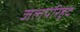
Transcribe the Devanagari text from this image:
जलपरिहृद